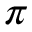
\pi